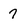
Character: 7